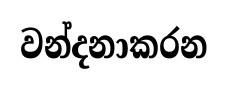
වන්දනාකරන